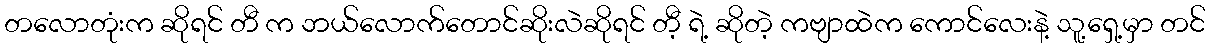
တလောတုံးက ဆိုရင် တီ က ဘယ်လောက်တောင်ဆိုးလဲဆိုရင် တီ့ ရဲ့ ဆိုတဲ့ ကဗျာထဲက ကောင်လေးနဲ့ သူ့ရှေ့မှာ တင်